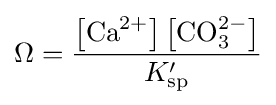
\Omega ={\frac {\left[{\text{Ca}}^{2+}\right]\left[{\text{CO}}_{3}^{2-}\right]}{K'_{\mathrm {sp} }}}